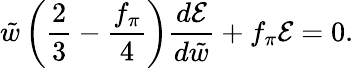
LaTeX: \tilde{w}\left(\frac{2}{3}-\frac{f_{\pi}}{4}\right)\frac{d\mathcal{E}}{d\tilde{w}}+f_{\pi}\mathcal{E}=0.